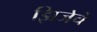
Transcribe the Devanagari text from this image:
झिजेचे